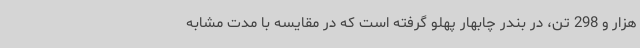
هزار و 298 تن، در بندر چابهار پهلو گرفته است که در مقایسه با مدت مشابه